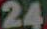
24